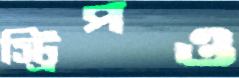
স্ট্রিপও